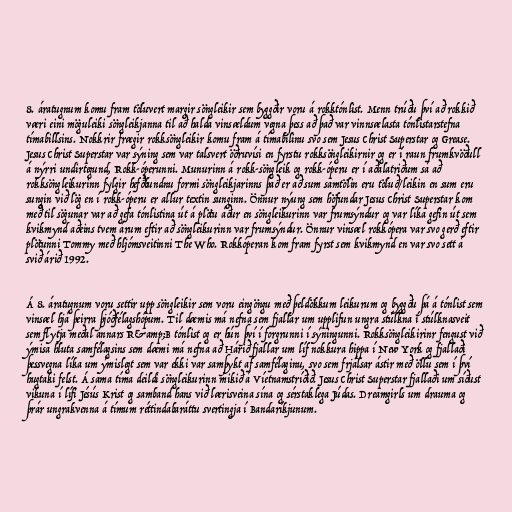
8. áratugnum komu fram töluvert margir söngleikir sem byggðir voru á rokktónlist. Menn trúðu því að rokkið
væri eini möguleiki söngleikjanna til að halda vinsældum vegna þess að það var vinnsælasta tónlistarstefna
tímabillsins. Nokkrir frægir rokksöngleikir komu fram á tímabilinu svo sem Jesus Christ Superstar og Grease.
Jesus Christ Superstar var sýning sem var talsvert öðruvísi en fyrstu rokksöngleikirnir og er í raun frumkvöðull
á nýrri undirtegund, Rokk-óperunni. Munurinn á rokk-söngleik og rokk-óperu er í aðalatriðum sá að
rokksöngleikurinn fylgir hefðbundnu formi söngleikjarinns það er að sum samtölin eru töluð/leikin en sum eru
sungin við lög en í rokk-óperu er allur textin sunginn. Önnur nýung sem höfundar Jesus Christ Superstar kom
með til sögunar var að gefa tónlistina út á plötu áður en söngleikurinn var frumsýndur og var líka gefin út sem
kvikmynd aðeins tvem árum eftir að söngleikurinn var frumsýndur. Önnur vinsæl rokkópera var svo gerð eftir
plötunni Tommy með hljómsveitinni The Who. Rokkóperan kom fram fyrst sem kvikmynd en var svo sett á
svið árið 1992.

Á 8. áratugnum voru settir upp söngleikir sem voru eingöngu með þeldökkum leikurum og byggðu þá á tónlist sem
vinsæl hjá þeirra þjóðfélagshópum. Til dæmis má nefna sem fjallar um upplifun ungra stúlkna í stúlknasveit
sem flytja meðal annars R&amp;B tónlist og er hún því í forgrunni í sýningunni. Rokksöngleikirinr fengust við
ýmisa hluta samfélagsins sem dæmi má nefna að Hárið fjallar um líf nokkura hippa í New York og fjallaði
þessvegna líka um ýmislegt sem var ekki var samþykt af samfélaginu, svo sem frjálsar ástir með öllu sem í því
hugtaki felst. Á sama tíma deildi söngleikurinn mikið á Víetnamstríðið. Jesus Christ Superstar fjallaði um síðust
vikuna í lífi Jésús Krist og samband hans við lærisveina sína og sérstaklega Júdas. Dreamgirls um drauma og
þrár ungrakvenna á tímum réttindabaráttu svertingja í Bandaríkjunum.